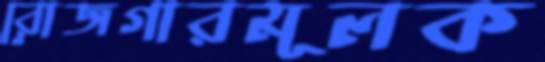
রোজগারমূলক